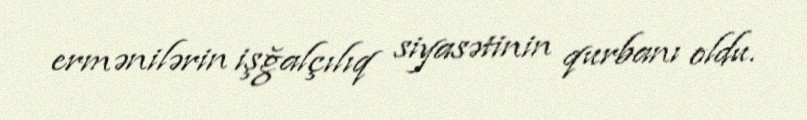
ermənilərin işğalçılıq siyasətinin qurbanı oldu.